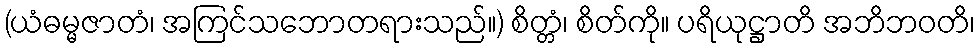
(ယံဓမ္မဇာတံ၊ အကြင်သဘောတရားသည်။) စိတ္တံ၊ စိတ်ကို။ ပရိယုဋ္ဌာတိ အဘိဘဝတိ၊